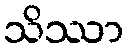
သိဿာ